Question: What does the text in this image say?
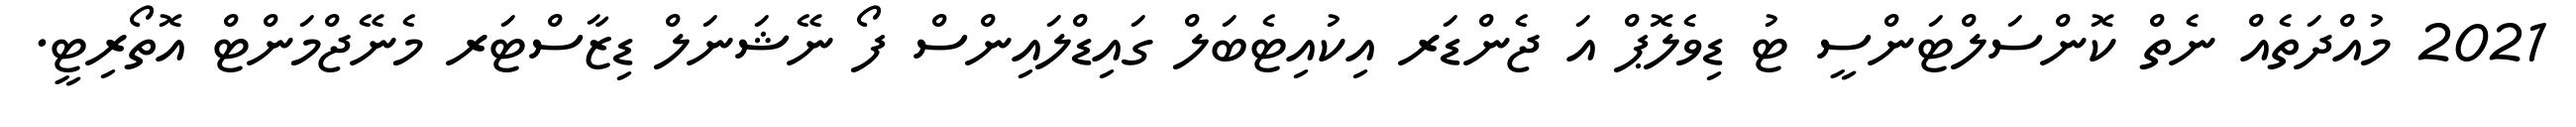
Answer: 2021 މުއްދަތެއް ނެތް ކޮންސަލްޓަންސީ ޓު ޑިވެލޮޕް އަ ޖެންޑަރ އިކުއިޓެބަލް ގައިޑްލައިންސް ފޯ ނޭޝަނަލް ޑިޒާސްޓަރ މެނޭޖްމަންޓް އޮތޯރިޓީ.